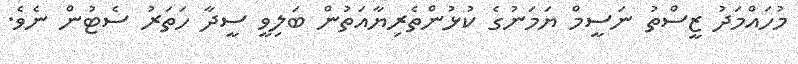
މުހައްމަދު ޒީސްތު ނަސީމް ޔަމަނުގެ ކުޅުންތެރިޔާއަތުން ބަލިވީ ސީދާ ހަތަރު ސެޓުން ނެވެ.